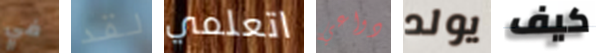
في لقد اتعلمي دواعي يولد كيف